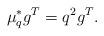
LaTeX: \begin{align*}\mu_q^*g^T=q^2g^T.\end{align*}